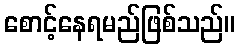
စောင့်နေရမည်ဖြစ်သည်။